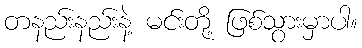
တနည်းနည်းနဲ့ မင်းတို့ ဖြစ်သွားမှာပါ။